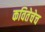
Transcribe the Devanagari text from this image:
कवितेचेच